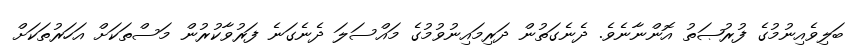
ބަލިވެއިނުމުގެ ފުރުޞަތު އޮންނާނެވެ. ދެނެގަތުން ދަރިމައިނުވުމުގެ މައްސަލަ ދެނެގަނެ ފަރުވާކުރުން މަސްތަކަށް އަހަރުތަކަށް